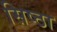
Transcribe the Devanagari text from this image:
सिष्ठा